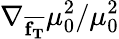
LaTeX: \nabla_{\overline{{\mathbf{f_{T}}}}}\mu_{0}^{2}/\mu_{0}^{2}